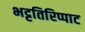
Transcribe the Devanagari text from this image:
भट्टतिरिप्पाट